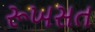
રૂખસત